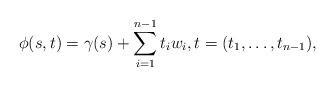
LaTeX: \begin{align*}\phi(s,t)=\gamma(s)+\sum_{i=1}^{n-1} t_iw_i,t=(t_1,\ldots,t_{n-1}),\end{align*}